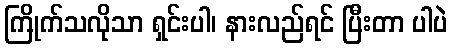
ကြိုက်သလိုသာ ရှင်းပါ၊ နားလည်ရင် ပြီးတာ ပါပဲ